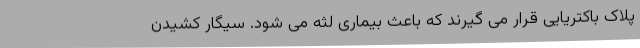
پلاک باکتریایی قرار می گیرند که باعث بیماری لثه می شود. سیگار کشیدن